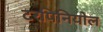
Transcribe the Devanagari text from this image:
टरपिनियोल